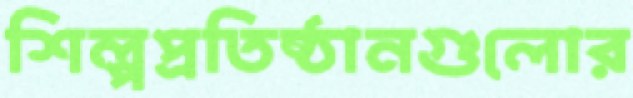
শিল্পপ্রতিষ্ঠানগুলোর